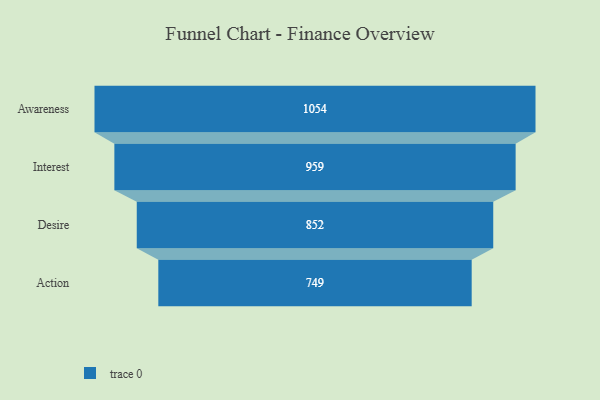
{"axis": {"x": "Stage", "y": "Value"}, "legend": [""], "data": [{"x": "Awareness", "y": 1054.0, "type": ""}, {"x": "Interest", "y": 959.0, "type": ""}, {"x": "Desire", "y": 852.0, "type": ""}, {"x": "Action", "y": 749.0, "type": ""}]}